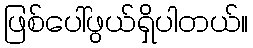
ဖြစ်ပေါ်ဖွယ်ရှိပါတယ်။